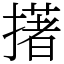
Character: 擆